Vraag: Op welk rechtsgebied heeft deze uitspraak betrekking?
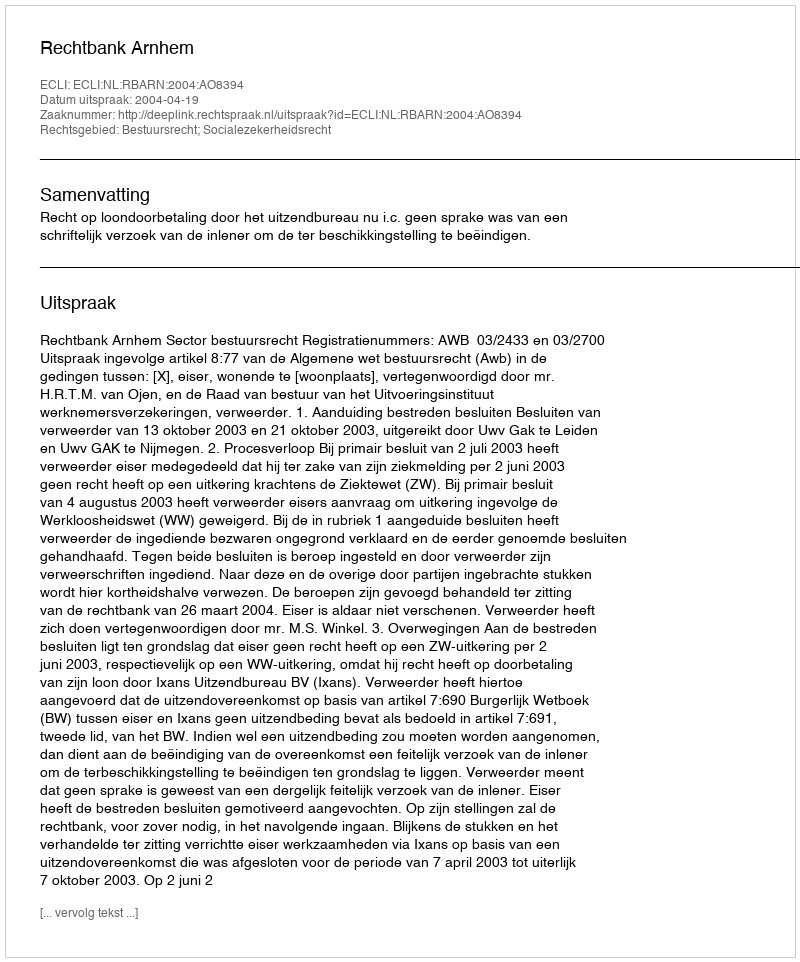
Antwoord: Bestuursrecht; Socialezekerheidsrecht